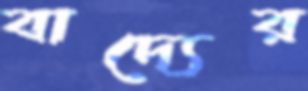
বাদ্যের